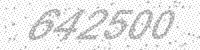
Solution: 642500